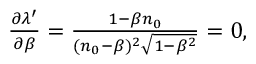
\begin{array} { r } { \frac { \partial \lambda ^ { \prime } } { \partial \beta } = \frac { 1 - \beta n _ { 0 } } { ( n _ { 0 } - \beta ) ^ { 2 } \sqrt { 1 - \beta ^ { 2 } } } = 0 , } \end{array}